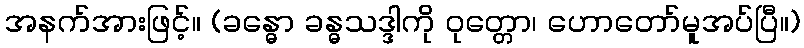
အနက်အားဖြင့်။ (ခန္ဓော ခန္ဓသဒ္ဒါကို ဝုတ္တော၊ ဟောတော်မူအပ်ပြီ။)